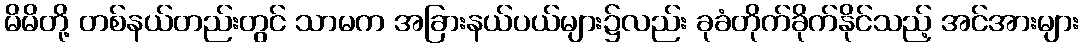
မိမိတို့ တစ်နယ်တည်းတွင် သာမက အခြားနယ်ပယ်များ၌လည်း ခုခံတိုက်ခိုက်နိုင်သည့် အင်အားများ